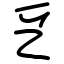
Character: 乥